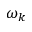
\omega _ { k }